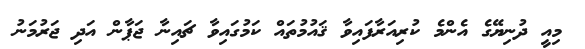
މިއީ ދުނިޔޭގެ އެންމެ ކުރިއަރާފައިވާ ޤައުމުތައް ކަމުގައިވާ ޗައިނާ ޖަޕާން އަދި ޖަރުމަނު